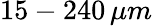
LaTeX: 15-240\, \mu m